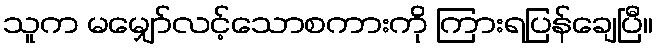
သူက မမျှော်လင့်သောစကားကို ကြားရပြန်ချေပြီ။